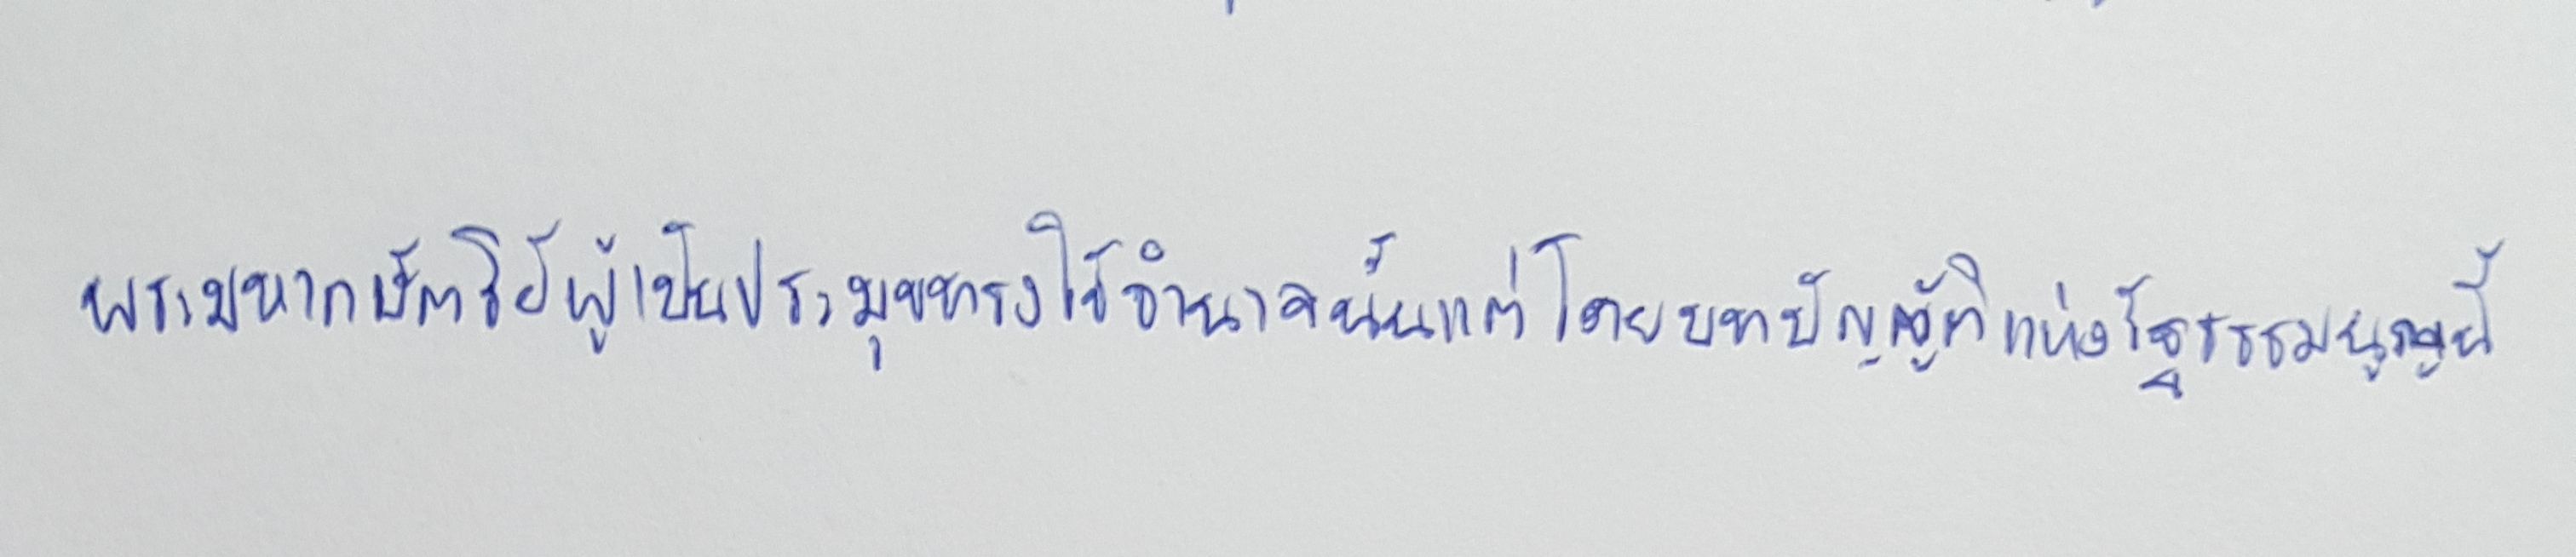
พระมหากษัตริย์ผู้เป็นประมุขทรงใช้อำนาจนั้นแต่โดยบทบัญญัติแห่งรัฐธรรมนูญนี้"